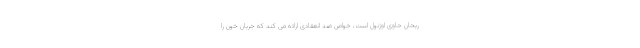
ریحان حاوی اوژنول است، خواص ضد انعقادی ارائه می کند که جریان خون را